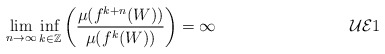
\begin{align*}\lim_{n \rightarrow \infty} \inf _{k \in {\mathbb Z}} \left (\frac{\mu(f^{k+n}(W))}{\mu(f^{k}(W))}\right ) = \infty \tag*{$\mathcal{UE}1$} \end{align*}